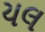
યલ